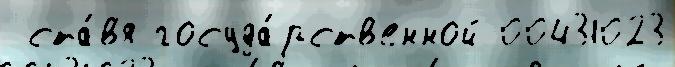
 ста́в'я госуда́рств'енной 00431023